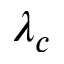
\lambda _ { c }